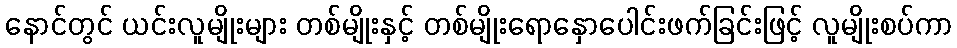
နောင်တွင် ယင်းလူမျိုးများ တစ်မျိုးနှင့် တစ်မျိုးရောနှောပေါင်းဖက်ခြင်းဖြင့် လူမျိုးစပ်ကာ